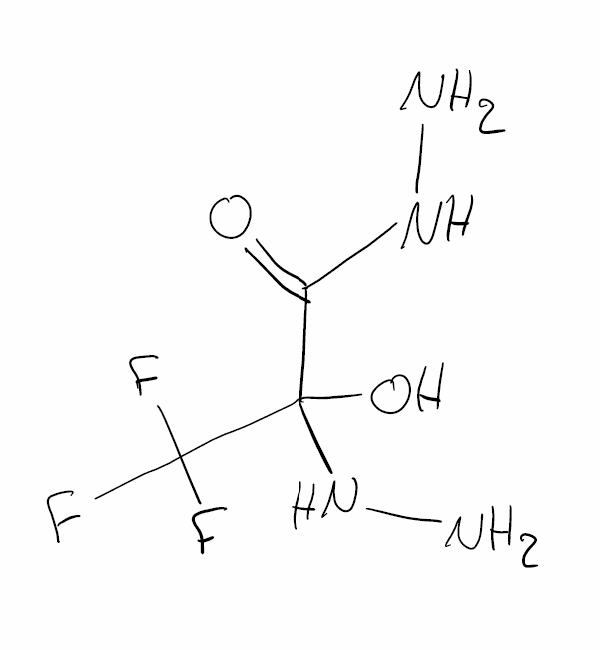
Simplified molecular-input line-entry system (SMILES) notation of the given molecule:
C(=O)(C(C(F)(F)F)(NN)O)NN